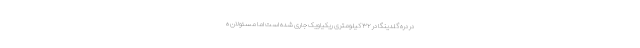
در دره گلدینگا در ۳۲ کیلومتری ریکیاویک جاری شده است اما مسئولان ه